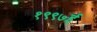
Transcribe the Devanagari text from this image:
१९९७ई